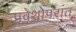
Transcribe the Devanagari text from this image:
प्रवेशोपरांत